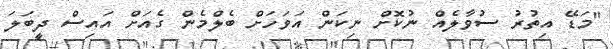
"މަޑޭ އިތުރު ސުވާލެއް ނުކޮށް ނިކަން އަވަހަށް ބެލްމެން ގެއަށް އައިސް ދީބަލަ